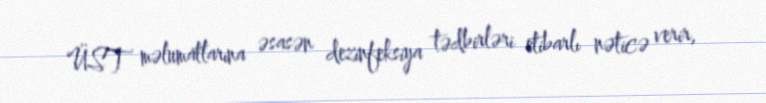
ÜST məlumatlarına əsasən dezinfeksiya tədbirləri etibarlı nəticə verir,